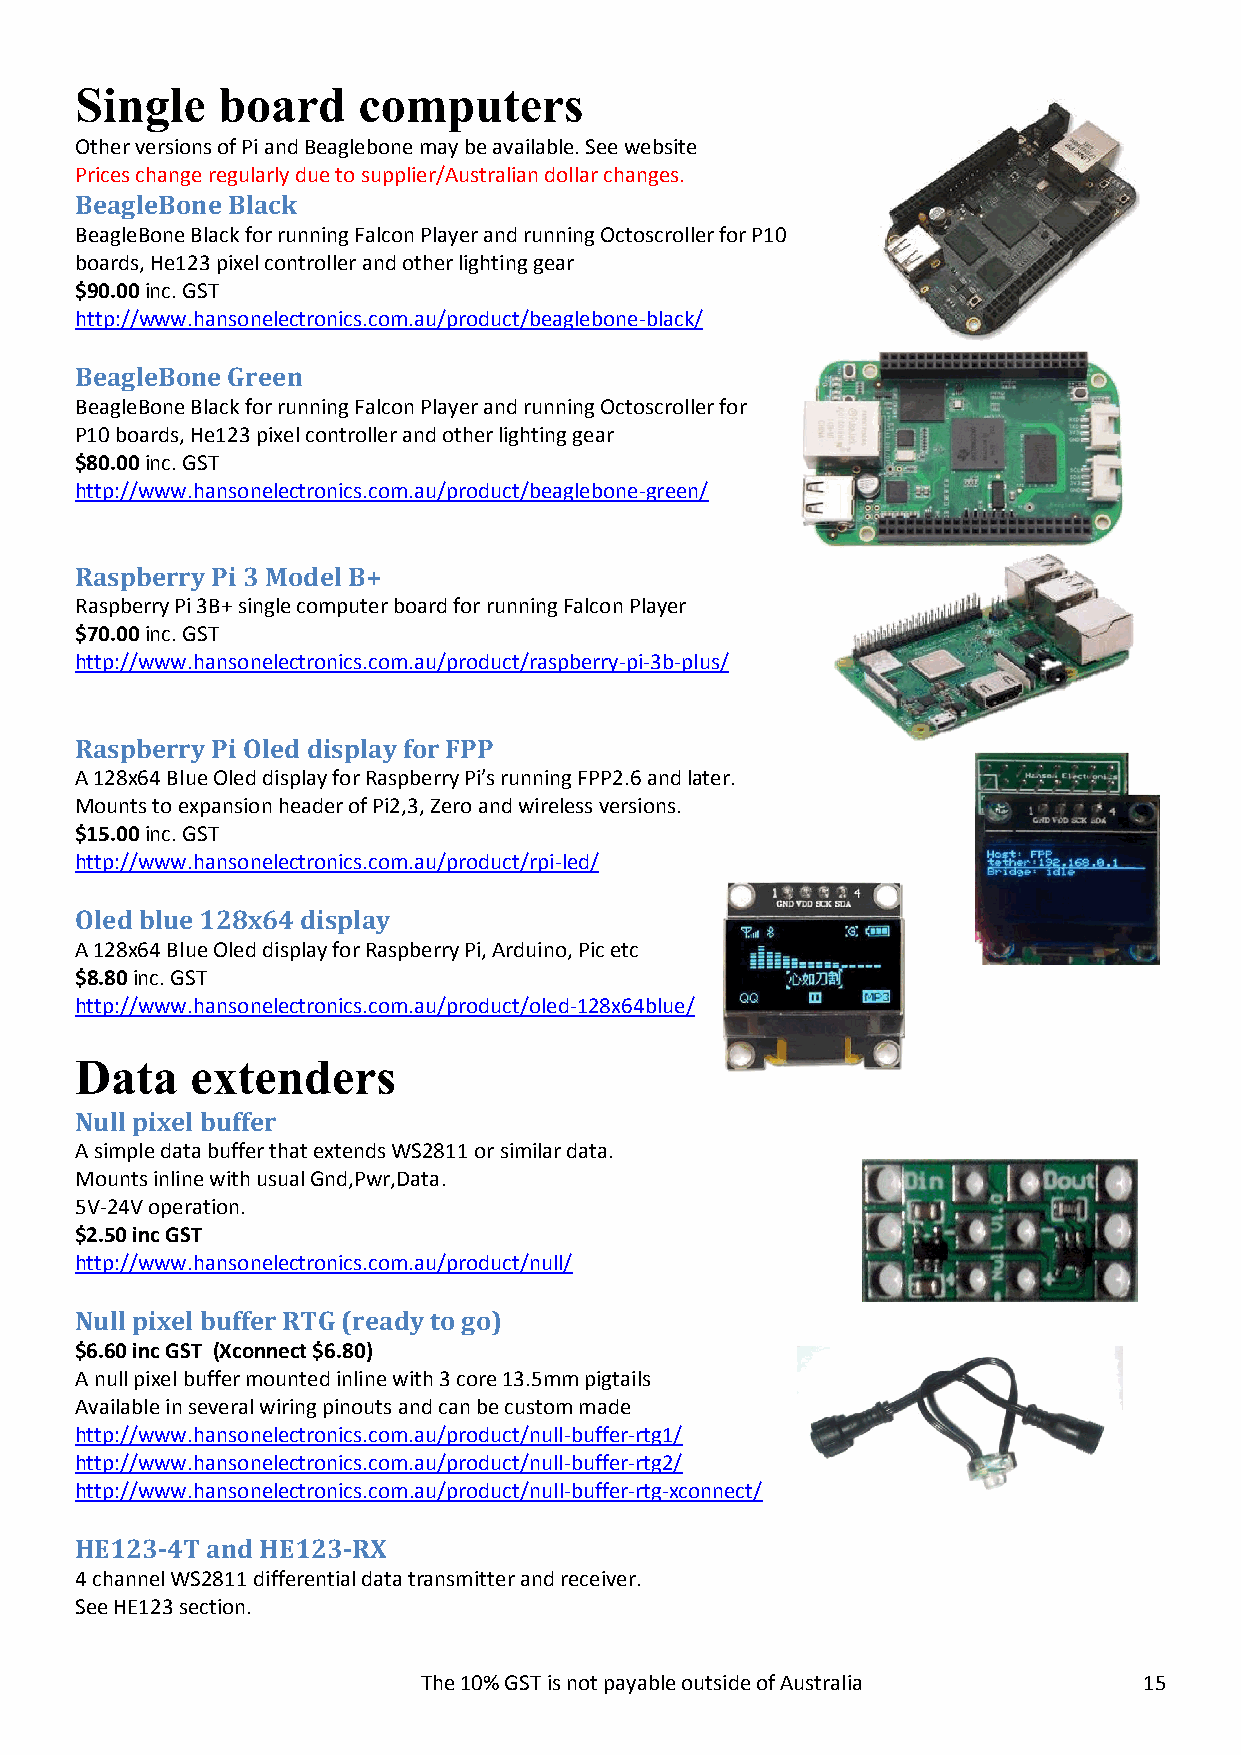
Single   board     computers
 Other versions of Pi and Beaglebone may be available. See website
 Prices change regularly due to supplier/Australian dollar changes.
 BeagleBone Black
 BeagleBone Black for running Falcon Player and running Octoscroller for P10
 boards, He123 pixel controller and other lighting gear
 $90.00 inc. GST
 http://www.hansonelectronics.com.au/product/beaglebone-black/
 BeagleBone Green
 BeagleBone Black for running Falcon Player and running Octoscroller for
 P10 boards, He123 pixel controller and other lighting gear
 $80.00 inc. GST
 http://www.hansonelectronics.com.au/product/beaglebone-green/
 Raspberry Pi 3 Model B+
 Raspberry Pi 3B+ single computer board for running Falcon Player
 $70.00 inc. GST
 http://www.hansonelectronics.com.au/product/raspberry-pi-3b-plus/
 Raspberry Pi Oled display for FPP
 A 128x64 Blue Oled display for Raspberry Pi’s running FPP2.6 and later.
 Mounts to expansion header of Pi2,3, Zero and wireless versions.
 $15.00 inc. GST
 http://www.hansonelectronics.com.au/product/rpi-led/
 Oled blue 128x64 display
 A 128x64 Blue Oled display for Raspberry Pi, Arduino, Pic etc
 $8.80 inc. GST
 http://www.hansonelectronics.com.au/product/oled-128x64blue/
 Data    extenders
 Null pixel buffer
 A simple data buffer that extends WS2811 or similar data.
 Mounts inline with usual Gnd,Pwr,Data.
 5V-24V operation.
 $2.50 inc GST
 http://www.hansonelectronics.com.au/product/null/
 Null pixel buffer RTG (ready to go)
 $6.60 inc GST (Xconnect $6.80)
 A null pixel buffer mounted inline with 3 core 13.5mm pigtails
 Available in several wiring pinouts and can be custom made
 http://www.hansonelectronics.com.au/product/null-buffer-rtg1/
 http://www.hansonelectronics.com.au/product/null-buffer-rtg2/
 http://www.hansonelectronics.com.au/product/null-buffer-rtg-xconnect/
 HE123-4T and HE123-RX
 4 channel WS2811 differential data transmitter and receiver.
 See HE123 section.
 The 10% GST is not payable outside of Australia 15